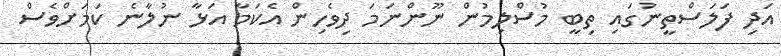
އަދި ފަލަސްތީނުގައި ތިބީ މުސްލިމުން ނޫންނަމަ ދިވެހިން އެކަމާ އަޅާ ނުލާނެ ކަމަށްވެސް